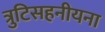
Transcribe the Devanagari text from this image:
त्रुटिसहनीयना